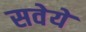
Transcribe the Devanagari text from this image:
सवेये